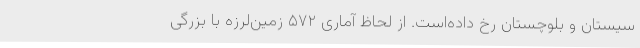
سیستان و بلوچستان رخ داده‌است. از لحاظ آماری ۵۷۲ زمین‌لرزه با بزرگی